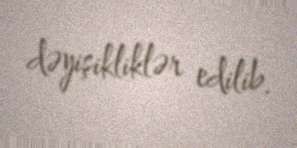
dəyişikliklər edilib.